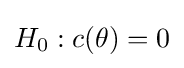
H_{0}:c(\theta )=0